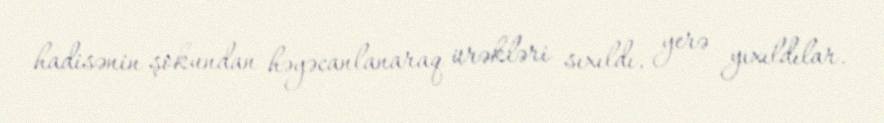
hadisənin şokundan həyəcanlanaraq ürəkləri sıxıldı, yerə yıxıldılar.